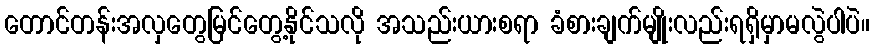
တောင်တန်းအလှတွေမြင်တွေ့နိုင်သလို အသည်းယားစရာ ခံစားချက်မျိုးလည်းရရှိမှာမလွဲပါပဲ။